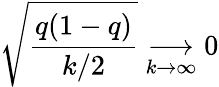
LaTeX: \sqrt{\frac{q(1-q)}{k/2}}\underset{k\to\infty}{\longrightarrow}0